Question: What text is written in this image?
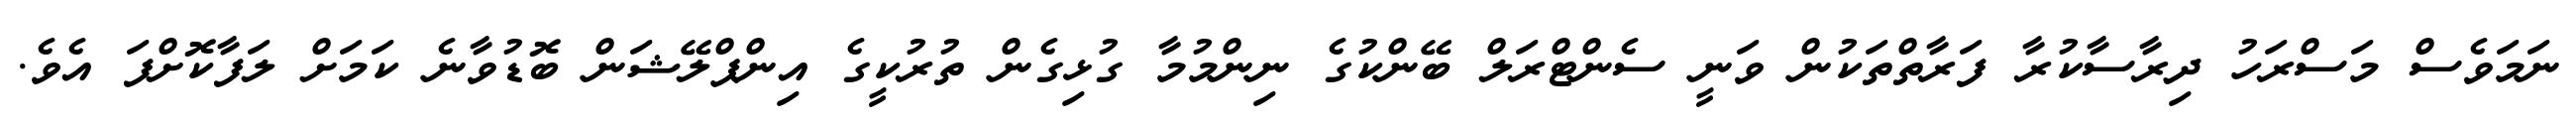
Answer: ނަމަވެސް މަސްރަހު ދިރާސާކުރާ ފަރާތްތަކުން ވަނީ ސެންޓްރަލް ބޭންކުގެ ނިންމުމާ ގުޅިގެން ތުރުކީގެ އިންޕްލޭޝަން ބޮޑުވާނެ ކަމަށް ލަފާކޮށްފަ އެވެ.